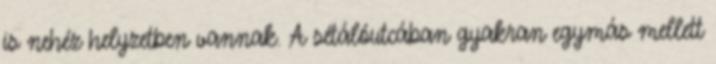
is nehéz helyzetben vannak. A sétálóutcában gyakran egymás mellett